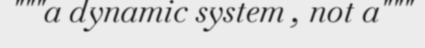
"""a dynamic system , not a"""